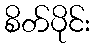
စိတ်ပိုင်း